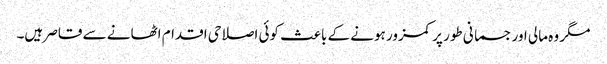
مگر وہ مالی اور جسمانی طور پر کمزور ہونے کے باعث کوئی اصلاحی اقدام اٹھانے سے قاصر ہیں۔